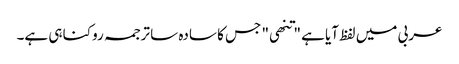
عربی میں لفظ آیا ہے "تنھی" جس کا سادہ سا ترجمہ روکنا ہی ہے۔